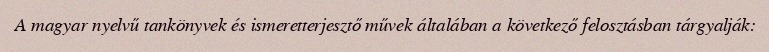
A magyar nyelvű tankönyvek és ismeretterjesztő művek általában a következő felosztásban tárgyalják: